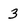
Character: 3